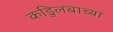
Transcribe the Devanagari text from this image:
कडुिलबाच्या